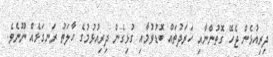
ދިރިއުޅެން ޖެހޭ ގޮތުންނާއި ހަރަދުތައް ބޮޑުވުމާއި ގުޅިގެން ދިރިއުޅުމުގެ ހާލަތު ރަނގަޅެއް ނޫނެވެ.